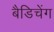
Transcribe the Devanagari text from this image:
बैडिचेंग